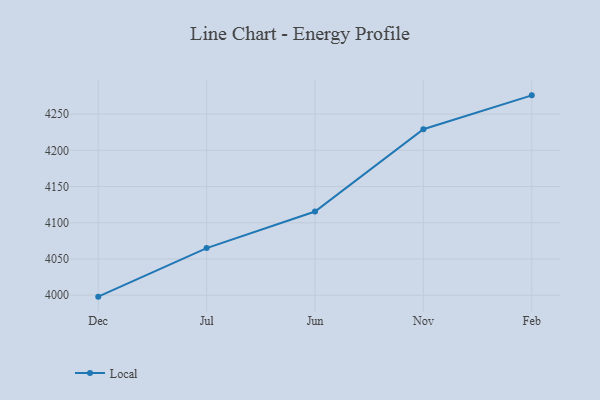
{"axis": {"x": "Month", "y": "LTV (USD)"}, "legend": ["Local"], "data": [{"x": "Dec", "y": 3998.0, "type": "Local"}, {"x": "Jul", "y": 4065.0, "type": "Local"}, {"x": "Jun", "y": 4115.5, "type": "Local"}, {"x": "Nov", "y": 4229.2, "type": "Local"}, {"x": "Feb", "y": 4275.9, "type": "Local"}]}